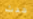
حدث